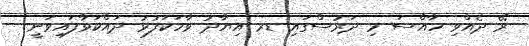
ރޭ ދެއްވި ހާއްސަ މި ދަރުސްގައި ޑރ އިޔާދު ވާހަކަފުޅު ދައްކަވާފައިވަނީ